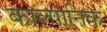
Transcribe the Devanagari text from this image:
काल्पानिक